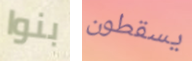
بنوا يسقطون